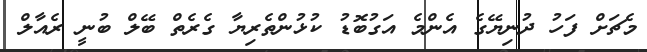
މެޗަށް ފަހު ދުނިޔޭގެ އެންމެ އަގުބޮޑު ކުޅުންތެރިޔާ ގެރެތް ބޭލް ބުނީ ރެއާލް